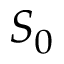
S _ { 0 }